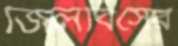
জিলবিসের